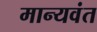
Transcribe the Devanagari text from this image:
मान्यवंत